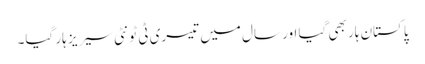
پاکستان ہار بھی گیا اور سال میں تیسری ٹی ٹونٹی سیریز ہار گیا۔